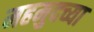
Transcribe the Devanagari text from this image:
महमुदच्या